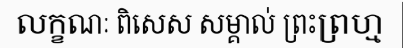
លក្ខណៈ ពិសេស សម្គាល់ ព្រះព្រហ្ម